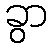
ခွာ